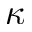
\kappa